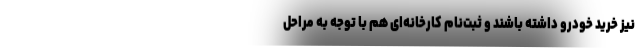
نیز خرید خودرو داشته باشند و ثبت‌نام کارخانه‌ای هم با توجه به مراحل